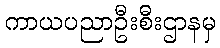
ကာယပညာဦးစီးဌာနမှ